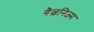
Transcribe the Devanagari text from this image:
गैल्वनिज़्म